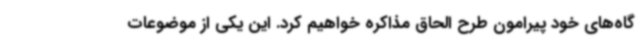
گاه‌های خود پیرامون طرح الحاق مذاکره خواهیم کرد. این یکی از موضوعات